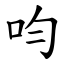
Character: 呁